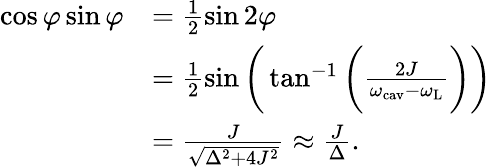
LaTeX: \begin{array}{rl}{\cos\varphi\sin\varphi}&{=\frac{1}{2}\sin 2\varphi}\\ &{=\frac{1}{2}\sin\bigg(\tan^{-1}\bigg(\frac{2J}{\omega_{\mathrm{cav}}-\omega_{\mathrm{L}}}\bigg)\bigg)}\\ &{=\frac{J}{\sqrt{\Delta^{2}+4J^{2}}}\approx\frac{J}{\Delta}.}\end{array}